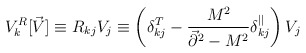
\begin{align*}V^R_k[\vec{V}]\equiv R_{kj}V_j \equiv \left(\delta^T_{kj} -{M^2 \over \vec{\partial}^2-M^2}\delta_{kj}^{||}\right)V_j\end{align*}